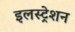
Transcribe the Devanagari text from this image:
इलस्ट्रेशन